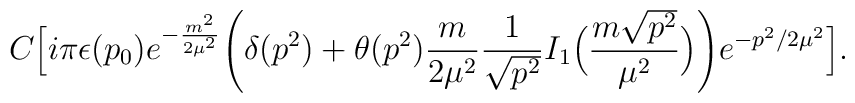
C\Big[ i\pi\epsilon (p_0)e^{-{m^2\over2\mu^2}}\Bigg(\delta(p^2)+\theta(p^2){m\over2\mu^2}{1\over\sqrt{p^2}}I_1\Big({m\sqrt{p^2}\over\mu^2}\Big)\Bigg)e^{-p^2/2\mu^2}\Big].